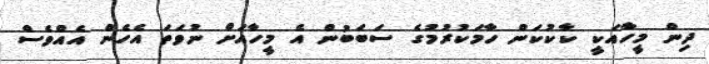
ދިން މީހާއަކީ ކާކުކަން ހާމަކުރުމުގެ ސަބަބުން އެ މީހާއަށް ނުވަތަ އެހެން އެއްވެސް